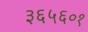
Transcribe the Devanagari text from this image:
३६५६०१